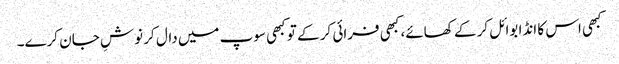
کبھی اس کا انڈا بوائل کر کے کھائے، کبھی فرائی کر کے تو کبھی سوپ میں دال کر نوشِ جان کرے۔